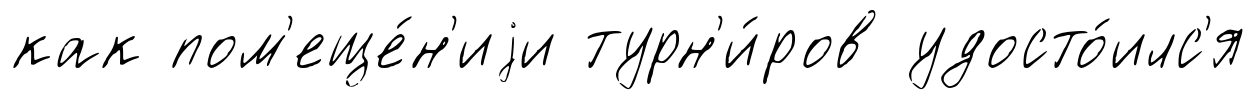
как пом'еще́н'иjи турн'и́ров удосто́илс'я